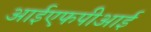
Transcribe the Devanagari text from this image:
आईएफपीआई